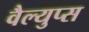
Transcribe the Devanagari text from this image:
वैल्युप्स